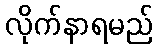
လိုက်နာရမည်